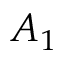
A _ { 1 }